Report of an investigation into the causes of the diseases known in Assam as Kála-Azár and Beri-Beri
Disease focus: Beri-Beri
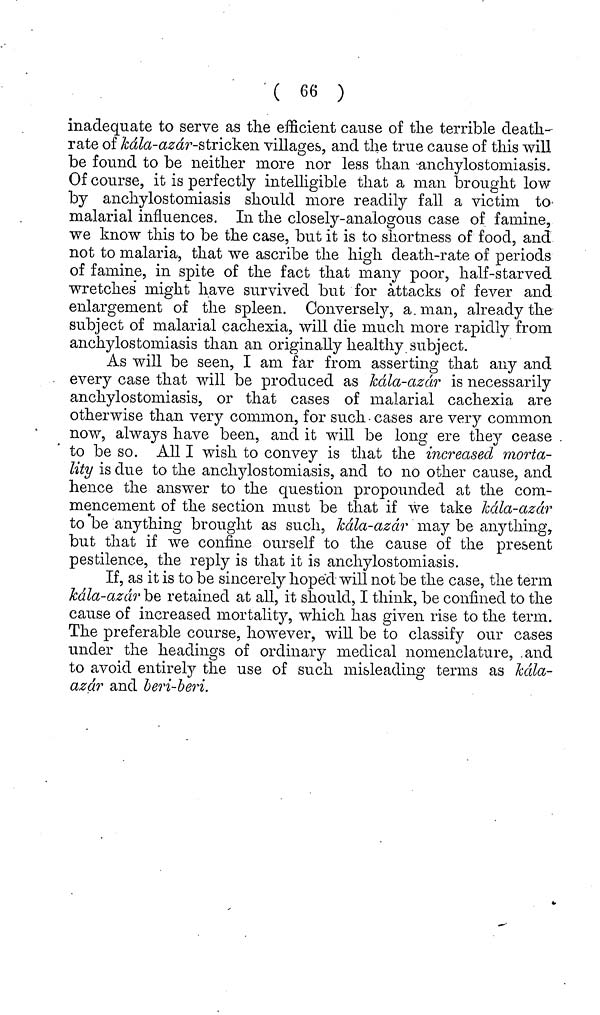
( 66 )
inadequate to serve as the efficient cause of the terrible death-
rate of kála-azár-sfaicken villages, and the true cause of this will
be found to be neither more nor less than anchylostomiasis.
Of course, it is perfectly intelligible that a man brought low
by anchylostomiasis should more readily fall a victim to
malarial influences. In the closely-analogous case of famine,
we know this to be the case, but it is to shortness of food, and
not to malaria, that we ascribe the high death-rate of periods
of famine, in spite of the fact that many poor, half-starved
wretches might have survived but for attacks of fever and
enlargement of the spleen. Conversely, a. man, already the
subject of malarial cachexia, will die much more rapidly from
anchylostomiasis than an originally healthy subject.
As will be seen, I am far from asserting that any and
every case that will be produced as kála-azár is necessarily
anchylostomiasis, or that cases of malarial cachexia are
otherwise than very common, for such · cases are very common
now, always have been, and it will be long ere they cease
to be so. All I wish to convey is that the increased morta-
lity is due to the anchylostomiasis, and to no other cause, and
hence the answer to the question propounded at the com-
mencement of the section must be that if we take kála-azár
to be anything brought as such, kala-azar may be anything,
but that if we confine ourself to the cause of the present
pestilence, the reply is that it is anchylostomiasis.
If, as it is to be sincerely hoped will not be the case, the term
kála-azár be retained at all, it should, I think, be confined to the
cause of increased mortality, which has given rise to the term.
The preferable course, however, will be to classify our cases
under the headings of ordinary medical nomenclature, and
to avoid entirely the use of such misleading terms as kala-
azár and beri-beri.